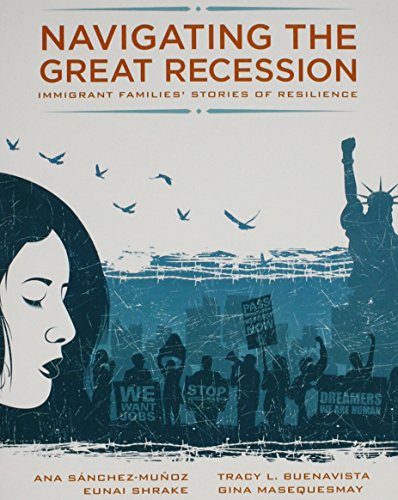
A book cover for Navigating the Great Recession: Immigrant Families' Stories of Resilience; MUNOZ  ANA SANCHEZ; Politics & Social Sciences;